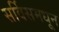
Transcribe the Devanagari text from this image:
सर्विसमधून